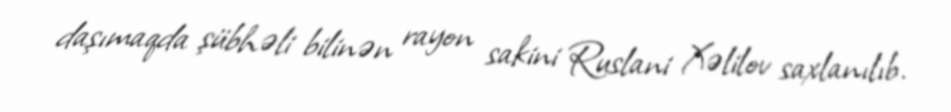
daşımaqda şübhəli bilinən rayon sakini Ruslani Xəlilov saxlanılıb.